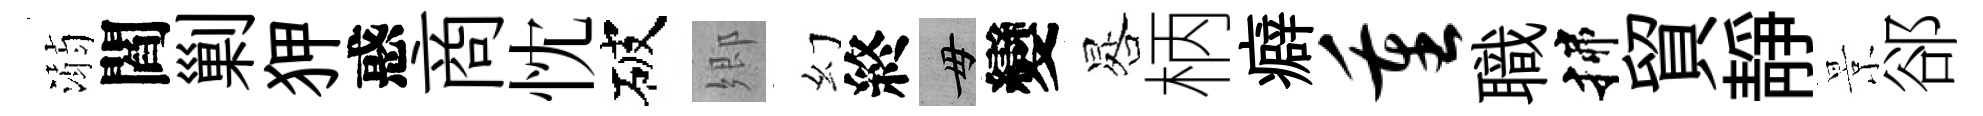
溺閻剿狎惑商忱破郷幻終毋變晷柄癖重職揲貿静景郤